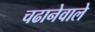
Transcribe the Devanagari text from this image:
चढानेवाले